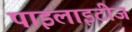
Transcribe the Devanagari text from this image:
पाइलाइटीज